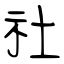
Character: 社